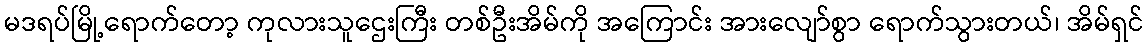
မဒရပ်မြို့ရောက်တော့ ကုလားသူဌေးကြီး တစ်ဦးအိမ်ကို အကြောင်း အားလျော်စွာ ရောက်သွားတယ်၊ အိမ်ရှင်